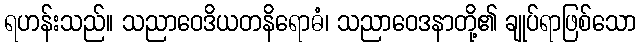
ရဟန်းသည်။ သညာဝေဒိယတနိရောဓံ၊ သညာဝေဒနာတို့၏ ချုပ်ရာဖြစ်သော